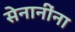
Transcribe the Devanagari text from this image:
सेनानींना